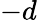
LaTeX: -d